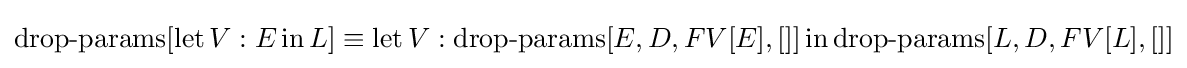
\operatorname {drop-params} [\operatorname {let} V:E\operatorname {in} L]\equiv \operatorname {let} V:\operatorname {drop-params} [E,D,FV[E],[]]\operatorname {in} \operatorname {drop-params} [L,D,FV[L],[]]